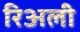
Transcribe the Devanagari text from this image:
रिअली